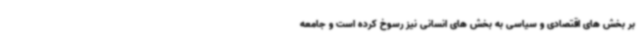
بر بخش های اقتصادی و سیاسی به بخش های انسانی نیز رسوخ کرده است و جامعه